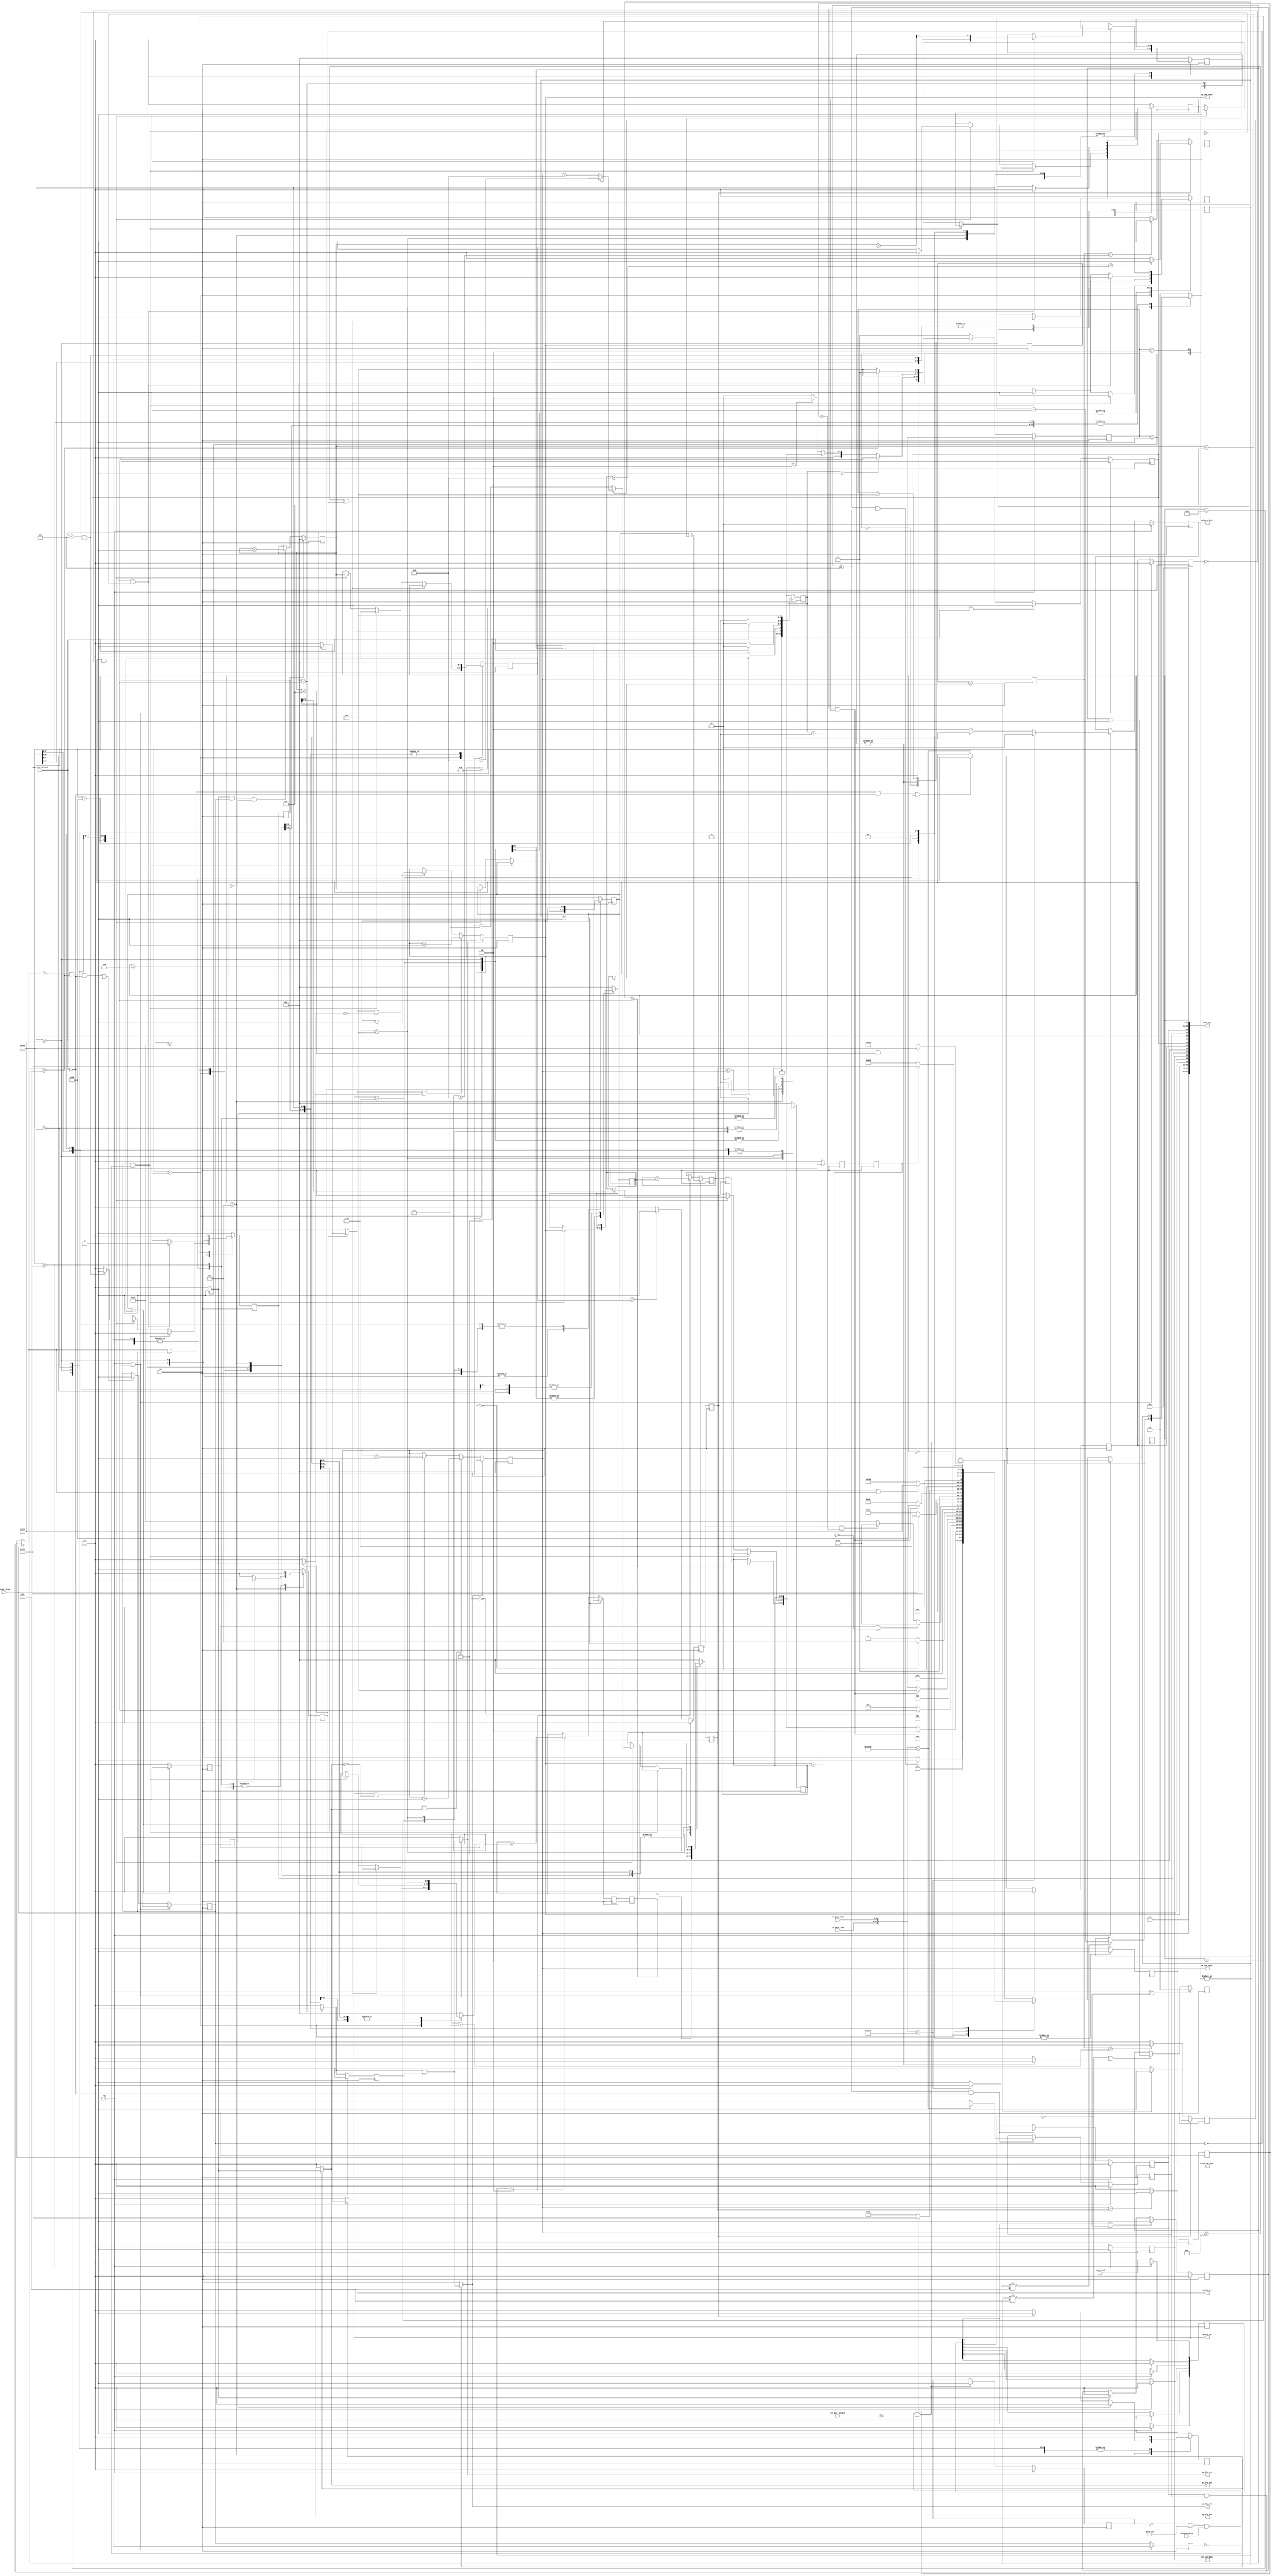
module  rld_dly_cal_sm  (
      clk,              // clock270
      rst,              // rst or Issue calibration signal
      start_cal,        // flag to indicate I can start calibration
      second_stage,     // look for 2nd stage data calibration
      qvld_cal,         // align the QVLD when active high
      wait_for_refresh, // wait while refresh occurs
      rd_data_rise,     // read data rise from ISERDES
      rd_data_fall,     // read data fall from ISERDES
      rd_data_valid,    // QVLD from ISERDES
      rd_data_valid_r,  // QVLD registered 1 clock cycle

      dq_dly_rst,       // Data (DQ) IDELAY controls
      dq_dly_ce,     
      dq_dly_inc,
   
      qk_dly_rst,       // Strobe (QK) IDELAY controls
      qk_dly_ce,
      qk_dly_inc,
   
      first_cal_done,   // first stage of calibration is done
      dly_cal_done,     // calibration is done
      delay_select,     //this indicates data early, aligned, or late with respect to QVLD

      QK_tap_count,     // tap count output of Strobe
      DQ_tap_count,     // tap count output of Data
      test_cal          // Debug port
);

// public parameters -- adjustable
parameter DEV_DQ_WIDTH    = 18;           // data width of the memory device
parameter RL_CK_PERIOD    = 16'd3003;     // CK clock period of the RLDRAM in ps
parameter QK_DATA_WIDTH   = (DEV_DQ_WIDTH == 9)  ?  DEV_DQ_WIDTH : DEV_DQ_WIDTH/2;
// end of public parameters

   input                      clk;              // clock270
   input                      rst;              // rst or Issue calibration signal
   input                      start_cal;        // flag to indicate I can start calibration
   input                      second_stage;     // look for 2nd stage data calibration
   input                      qvld_cal;         // align the QVLD when active high
   input                      wait_for_refresh; // wait while refresh occurs
   input  [QK_DATA_WIDTH-1:0] rd_data_rise;     // read data rise from ISERDES
   input  [QK_DATA_WIDTH-1:0] rd_data_fall;     // read data fall from ISERDES
   input                      rd_data_valid;    // QVLD from ISERDES
   input                      rd_data_valid_r;  // QVLD registered 1 clock cycle

   output                     dq_dly_rst;       // Data (DQ) IDELAY controls
   output                     dq_dly_ce;     
   output                     dq_dly_inc;
   
   output                     qk_dly_rst;       // Strobe (QK) IDELAY controls
   output                     qk_dly_ce;
   output                     qk_dly_inc;
   
   output reg                 first_cal_done;   // first stage of calibration is done
   output reg                 dly_cal_done;     // calibration is done
   output reg [1:0]           delay_select;     //this indicates data early, aligned, or late with respect to QVLD

   output reg [5:0]           QK_tap_count;     // tap count output of Strobe
   output reg [5:0]           DQ_tap_count;     // tap count output of Data
   output    [127:0]          test_cal;         // Debug port

// PRIVATE Parameters -- Do not change
parameter DQ_TAP_END  = 6'd60;
parameter QK_TAP_END  = 6'd63;
parameter WINDOW_SIZE = 6'd12;
parameter WINDOW_SIZE2 = ( RL_CK_PERIOD < 16'd4000 ) ? 6'd15 : 6'd20;
parameter WINDOW_SIZE3 = 6'd20;

parameter ALIGNED = 2'b00;
parameter EARLY   = 2'b01;
parameter LATE    = 2'b10;

// patterns used for write data -- PRIVATE
parameter data1 = 9'hFFF;   // 9'h1FF  is  1_1111_1111
parameter data2 = 9'h000;   // 9'h000  is  0_0000_0000
parameter data3 = 9'h0AA;   // 9'h0AA  is  0_1010_1010
parameter data4 = 9'h155;   // 9'h155  is  1_0101_0101

// First write data  : { data1, data2 } = { 1_1111_1111, 0_0000_0000 } = "3FE00" 
// Second write data : { data3, data4 } = { 0_1010_1010, 1_0101_0101 } = "15555"  

//  XCORE Synthesis attribute 
//  synthesis attribute X_CORE_INFO of rld_dly_cal_sm is "rld_dly_cal_sm, V5_rldram2_phy_verilog";

reg dly_rst;
reg dly_inc;
reg dly_ce;

reg       cal_begin;
reg [5:0] start_cal_r;

reg       qk_flag;
reg       dq_flag;

reg [1:0] tap_cmd;

reg       tap_wait_en;
reg [2:0] tap_wait_cnt;

reg dq_error;
reg dq_error2;

reg first_edge_found;
reg second_edge_found;
reg rst_flags;
reg rst_flags_r;
reg [2:0] set_center;

reg dly_rst_r;
reg end_of_taps;
reg DQ_bigger;
reg DQ_bigger_r;
reg QK_bigger;
reg QK_bigger_r;
reg valid_found;

reg DQ_centered;
reg QK_centered;
reg DQ_centered_r;
reg QK_centered_r;

reg first_edge_detect, first_edge_detect_r;
reg second_edge_detect, second_edge_detect_r;

reg [5:0]   QK_tap_left;
reg [5:0]   QK_tap_window;
reg [5:0]   QK_tap_center;

reg [5:0]   DQ_tap_left;
reg [5:0]   DQ_tap_window;
reg [5:0]   DQ_tap_center;

reg [5:0]   tap_center;
reg [5:0]   tap_range;

reg inc_up;
reg inc_up2;

//Working Registers
reg [5:0]   QK_tap_center_WORK;
reg [5:0]   DQ_tap_center_WORK;
reg [5:0]   QK_tap_center_WORK_r;
reg [5:0]   DQ_tap_center_WORK_r;

reg [5:0] QK_tap_count_r;
reg [5:0] DQ_tap_count_r;

wire [5:0]  tap_range_center; //not registered, just shifted
wire        dly_rst_w;
wire [2*QK_DATA_WIDTH-1:0] rd_data;
wire [2*QK_DATA_WIDTH-1:0] first_check_data;
wire [2*QK_DATA_WIDTH-1:0] second_check_data;
wire        dq_error3;

// State machine parameters -- PRIVATE
parameter [3:0]
  IDLE     = 4'b0000,   // 000
  TAP_INC  = 4'b0001,   // 001
  TAP_DEC  = 4'b0010,   // 002
  TAP_RST  = 4'b0100,   // 004
  TAP_WAIT = 4'b1000;   // 008

parameter [11:0]
  Reset   = 12'b0000_0000_0000, //000
  QK_INC  = 12'b0000_0000_0001, //001
  QK_RST  = 12'b0000_0000_0010, //002
  DQ_INC  = 12'b0000_0000_0100, //004
  DQ_RST  = 12'b0000_0000_1000, //008
  Center  = 12'b0000_0001_0000, //010
  F_Done  = 12'b0000_0010_0000, //020
  Both_INC= 12'b0000_0100_0000, //040
  Both_DEC= 12'b0000_1000_0000, //080
  DQ_DEC  = 12'b0001_0000_0000, //100
  DQ_INC2 = 12'b0010_0000_0000, //200
  DQ_CENT = 12'b0100_0000_0000, //400
  S_Done  = 12'b1000_0000_0000; //800
// End of PRIVATE state machine variables

// Command Parameters -- PRIVATE
parameter [1:0]
  TAP_CMD_NOP  = 2'b00,
  TAP_CMD_RST  = 2'b01,
  TAP_CMD_DEC  = 2'b10,
  TAP_CMD_INC  = 2'b11;

//IDELAY state variables
reg  [3:0]    id_cs;
reg  [3:0]    id_ns;

//First SM state variables
reg  [11:0]    f_cs;
reg  [11:0]    f_ns;

//assign outputs for IDELAY based on flags
assign qk_dly_rst = ( qk_flag ) ? dly_rst_w : 1'b0;
assign qk_dly_ce  = ( qk_flag ) ? dly_ce    : 1'b0;
assign qk_dly_inc = ( qk_flag ) ? dly_inc   : 1'b0;

assign dq_dly_rst = ( dq_flag ) ? dly_rst_w : 1'b0;
assign dq_dly_ce  = ( dq_flag ) ? dly_ce    : 1'b0;
assign dq_dly_inc = ( dq_flag ) ? dly_inc   : 1'b0;

   // -----------------------------------------------------------------------------
   // Concatenate read data { QK_DATA_WIDTH-bit RISE : QK_DATA_WIDTH-bit FALL } before comparing with patterns
   // -----------------------------------------------------------------------------
   assign rd_data = {rd_data_rise, rd_data_fall};  // read data
   
   //Concatonate the Data for checking
   assign first_check_data  = { {QK_DATA_WIDTH/9{data1}}, {QK_DATA_WIDTH/9{data2}} };
   assign second_check_data = { {QK_DATA_WIDTH/9{data3}}, {QK_DATA_WIDTH/9{data4}} };
                           
   // -----------------------------------------------------------------------------
   // Test Signals used for debugging
   // -----------------------------------------------------------------------------
   //assign test_cal[127:0] = { 128'b0 };
   assign test_cal[127:0] = { 128'b0,
                              //valid_found,                                              // 73
                              //QK_tap_center, DQ_tap_center,                                 // [72:67], [66:61]
                              12'b0,
                              //QK_tap_left, DQ_tap_left,                                     // [60:55], [54:49]
                              12'b0,
                              QK_tap_count, DQ_tap_count,                                   // [48:43], [42:37]
                              first_cal_done, second_stage, dly_cal_done,                   // 36, 35, 34
                              rst_flags, first_edge_detect, second_edge_detect, end_of_taps,// 33, 32, 31, 30
                              wait_for_refresh, dq_error3, dq_error2, dq_error,              // 29, 28, 27, 26
                              //delay_select, dq_error3, dq_error2, dq_error,              // 29, 28, 27, 26
                              //tap_cmd, f_ns, f_cs                                           // [25:24], [23:12], [11:0]
                              2'b0, 12'b0, f_cs                                           // [25:24], [23:12], [11:0]
                            };


   // -----------------------------------------------------------------------------
   // Hold the IDELAY reset signal one extra clock cycle
   // -----------------------------------------------------------------------------
   always @( posedge clk )
   begin
      if ( rst )
         dly_rst_r <= 1'b0;
      else
         dly_rst_r <= dly_rst;
   end 
   
   assign dly_rst_w = dly_rst | dly_rst_r;

   // -----------------------------------------------------------------------------
   // Delay the start signal
   // -----------------------------------------------------------------------------
   always @( posedge clk )
   begin
      if ( rst )
      begin
         start_cal_r[0]  <= 1'b0;
         start_cal_r[1]  <= 1'b0;
         start_cal_r[2]  <= 1'b0;
         start_cal_r[3]  <= 1'b0;
         start_cal_r[4]  <= 1'b0;
         start_cal_r[5]  <= 1'b0;
      end
      else
      begin
         start_cal_r[0]  <= start_cal;
         start_cal_r[1]  <= start_cal_r[0];
         start_cal_r[2]  <= start_cal_r[1];
         start_cal_r[3]  <= start_cal_r[2];
         start_cal_r[4]  <= start_cal_r[3];
         start_cal_r[5]  <= start_cal_r[4];
      end
   end


   always @( posedge clk )
   begin
      if ( rst )
        cal_begin <= 1'b0;
      else if ( start_cal_r[4] && !start_cal_r[5] )
        cal_begin <= 1'b1;
      else if ( dly_inc )
        cal_begin <= 1'b0;
      else 
        cal_begin <= cal_begin;
   end 

  // -----------------------------------------------------------------------------
  // Determine how the data lines up with the QVLD
  // -----------------------------------------------------------------------------
  always @ (posedge clk)
  begin
    if ( rst ) begin
      delay_select  <= ALIGNED;
      valid_found   <= 1'b0;
    end else if ( !valid_found && qvld_cal && rd_data_valid && !rd_data_valid_r) begin
      valid_found <= 1'b1;
      if ( rd_data == first_check_data )
        delay_select <= ALIGNED;
      else if ( rd_data == second_check_data )
        delay_select <= EARLY;
      else
        delay_select <= LATE;
    end else begin
      delay_select <= delay_select;
      valid_found <= valid_found;
    end
  end 

   // -----------------------------------------------------------------------------
   // Update the Error signal when data is valid
   // Check the 1st SDR data for error
   // -----------------------------------------------------------------------------
   always @ ( posedge clk )
   begin
      if ( rst )
         dq_error <= 1'b0;
      else if ( tap_wait_cnt >=3'b110 && !wait_for_refresh) //only check data when IDLE to ensure settled
        if ( rd_data == first_check_data )
          dq_error <= 1'b0;
        else
          dq_error <= 1'b1;
      else
        dq_error <= dq_error;
   end 

   // -----------------------------------------------------------------------------
   // Check the 2nd SDR data for error
   // -----------------------------------------------------------------------------
   always @ ( posedge clk )
   begin
     if ( rst )
        dq_error2 <= 1'b0;
     else if ( tap_wait_cnt >=3'b110 && !wait_for_refresh ) begin
        if ( rd_data == second_check_data )
          dq_error2 <= 1'b0;
        else
          dq_error2 <= 1'b1;
      end else
          dq_error2 <= dq_error2;  // hold the previous value
   end 
   
   assign dq_error3 = (second_stage) ? dq_error && dq_error2 : dq_error;  //TESTING

   // -----------------------------------------------------------------------------
   // State machine (registers)
   // -----------------------------------------------------------------------------
   always @( posedge clk )
   begin
      if ( rst )
         id_cs <= TAP_RST;  // reset tap count, works for system reset and re-calibration
      else
         id_cs <= id_ns;
   end

   // -----------------------------------------------------------------------------
   // State machine (combinatorial logic)
   // -----------------------------------------------------------------------------
   always @ *
   begin
      dly_rst     <= 1'b0;
      dly_ce      <= 1'b0;
      dly_inc     <= 1'b0;
      tap_wait_en <= 1'b0;
   
      case ( id_cs )
      // ----------------------------------------------------------------
         IDLE : //000
      // ----------------------------------------------------------------
         begin
            dly_rst     <= 1'b0;
            dly_ce      <= 1'b0;
            dly_inc     <= 1'b0;
            tap_wait_en <= 1'b0;
             
            if ( tap_cmd == TAP_CMD_RST )
              id_ns  <= TAP_RST;
            else if ( tap_cmd == TAP_CMD_INC )
              id_ns <= TAP_INC;
            else if ( tap_cmd == TAP_CMD_DEC )
              id_ns <= TAP_DEC;
            else
              id_ns  <= IDLE;
            
         end
      // ----------------------------------------------------------------
         TAP_INC :  //001
      // ----------------------------------------------------------------
         begin
            dly_rst     <= 1'b0;
            dly_ce      <= 1'b1;
            dly_inc     <= 1'b1;
            tap_wait_en <= 1'b1;
   
            id_ns  <= TAP_WAIT;
         end    
      // ----------------------------------------------------------------
         TAP_DEC :  //002
      // ----------------------------------------------------------------
         begin
            dly_rst     <= 1'b0;
            dly_ce      <= 1'b1;
            dly_inc     <= 1'b0;
            tap_wait_en <= 1'b1;
   
            id_ns  <= TAP_WAIT;
         end
      // ----------------------------------------------------------------
         TAP_RST :  //004
      // ----------------------------------------------------------------
         begin
            dly_rst     <= 1'b1;
            dly_ce      <= 1'b0;
            dly_inc     <= 1'b0;
            tap_wait_en <= 1'b1;
   
            id_ns  <= TAP_WAIT;
         end
      // ----------------------------------------------------------------
         TAP_WAIT : //008
      // ----------------------------------------------------------------
         begin
            dly_rst     <= 1'b0;
            dly_ce      <= 1'b0;
            dly_inc     <= 1'b0;
            tap_wait_en <= 1'b0;
   
            if ( tap_wait_cnt == 3'b111 )
               id_ns <= IDLE;
            else
               id_ns <= TAP_WAIT;
         end
      // ----------------------------------------------------------------
         default :
      // ----------------------------------------------------------------
            id_ns <= IDLE;
      endcase
   end

   // -----------------------------------------------------------------------------
   // Wait counter used to allow IDELAY settling time 
   // -----------------------------------------------------------------------------
   always @( posedge clk )
   begin
      if ( rst || !start_cal_r[5] )
        tap_wait_cnt <= 3'b000;
      else if ( (tap_wait_cnt != 3'b111) || (tap_wait_en) )
        tap_wait_cnt <= tap_wait_cnt + 1;
      else
        tap_wait_cnt <= tap_wait_cnt;
   end

   // -----------------------------------------------------------------------------
   // State machine (registers)
   // -----------------------------------------------------------------------------
   always @( posedge clk )
   begin
      if ( rst )
         f_cs <= Reset; //want to start out in RST
      else
         f_cs <= f_ns;
   end

   always @ *
   begin
      case ( f_cs )
      // ----------------------------------------------------------------
         Reset :  //000
      // ----------------------------------------------------------------
         begin
            if ( cal_begin && tap_wait_cnt >= 3'b110)
              f_ns <= QK_INC;
            else
              f_ns  <= Reset;
         end
      // ----------------------------------------------------------------
         QK_INC : //001
      // ----------------------------------------------------------------
      // Increment QK to determine taps till edge of data valid window & save results
         begin
            if ( first_edge_found && second_edge_found )
              f_ns  <= QK_RST;
            else
              f_ns  <= QK_INC;
         end  
       // ----------------------------------------------------------------
         QK_RST : //002
      // ----------------------------------------------------------------
      // Decrement QK back down to 0
         begin
            //Decrement Down to Zero instead of relying on RST
            if ( QK_tap_count == 6'b0 )
              f_ns  <= DQ_INC;
            else
              f_ns  <= QK_RST;
         end        
      // ----------------------------------------------------------------
         DQ_INC : //004
      // ----------------------------------------------------------------
      // Increment DQ to determine taps till edge of data valid window & save results
         begin
            if ( first_edge_found && second_edge_found )
              f_ns  <= DQ_RST;
            else
              f_ns  <= DQ_INC;
         end
       // ----------------------------------------------------------------
         DQ_RST : //008
      // ----------------------------------------------------------------
      // Decrement DQ back down to 0
         begin
            //Decrement Down to Zero instead of relying on RST
            if ( DQ_tap_count == 6'b0 )
              f_ns  <= Center;
            else
              f_ns  <= DQ_RST;
         end    
      // ----------------------------------------------------------------
         Center : //010
      // ----------------------------------------------------------------
      // Center QK in the DQ data valid window
         begin
            
           if ( DQ_bigger && !DQ_centered_r )    //increment DQ
                f_ns  <= Center;
           else if ( QK_bigger && !QK_centered_r )    //increment DQ
                f_ns  <= Center;
           else  
              f_ns  <= F_Done;         //windows are the same, centered already
   
         end
      // ----------------------------------------------------------------
         F_Done : //020
      // ----------------------------------------------------------------
      // 1st stage calibration complete, wait for 2nd stage to begin
         begin
            if ( second_stage )
              f_ns <= Both_INC;
            else
              f_ns <= F_Done;
         end
      // ----------------------------------------------------------------
         Both_INC : //040
      // ----------------------------------------------------------------
      // Increment both QK/DQ to determine relation to FPGA clock (transfer clock domains)
         begin
          if ( first_edge_found && second_edge_found )
            f_ns <= Both_DEC;
          else
            f_ns <= Both_INC;
         end   
      // ----------------------------------------------------------------
         Both_DEC : //080
      // ----------------------------------------------------------------
      // Center QK/DQ together to transfer clock domains to FPGA clock
         begin
          if ( QK_centered_r )
            f_ns <= S_Done;
          else
            f_ns <= Both_DEC;
         end
      // ----------------------------------------------------------------
         DQ_DEC : //100
      // ----------------------------------------------------------------
      // Decrement DQ till 0 or error to move DQ around QK one last time
      // Later this can be changed to Per-Bit Calibration if needed
         begin
          if ( DQ_tap_count == 6'b0 || dq_error3 )
            f_ns <= DQ_INC2;
          else
            f_ns <= DQ_DEC;
         end
      // ----------------------------------------------------------------
         DQ_INC2 : //200
      // ----------------------------------------------------------------
      // Increment DQ until window found
         begin
           if ( first_edge_found && second_edge_found && tap_range >= WINDOW_SIZE)
              f_ns <= DQ_CENT;
           else
              f_ns <= DQ_INC2;
         end         
      // ----------------------------------------------------------------
         DQ_CENT : //400
      // ----------------------------------------------------------------
      // Center DQ in the data valid window
         begin
          if ( DQ_centered_r )
            f_ns <= S_Done;
          else
            f_ns <= DQ_CENT;
         end            
      // ----------------------------------------------------------------
         S_Done : //800
      // ----------------------------------------------------------------
      // Calibration Done, wait here till reset.
         begin
          if ( rst )
            f_ns <= Reset;
          else
            f_ns <= S_Done; 
         end
      // ----------------------------------------------------------------
         default :
      // ----------------------------------------------------------------
              f_ns <= Reset;
      endcase
   end
   
   //output generation
   always @ (posedge clk)
   begin
      case ( f_cs )
      // ----------------------------------------------------------------
         Reset :  //000
      // ----------------------------------------------------------------
         begin
            first_cal_done <= 1'b0; dly_cal_done <= 1'b0;
            rst_flags <= 1'b1;                  //reset the edge detection flags
            qk_flag <= 1'b1;  dq_flag <= 1'b1;  //determine who gets a signal (one or both)
            
            tap_cmd <= TAP_CMD_RST;

            QK_tap_left   <= 6'b0;   DQ_tap_left   <= 6'b0;
            QK_tap_window  <= 6'b0;  DQ_tap_window  <= 6'b0;
            QK_tap_center  <= 6'b0;  DQ_tap_center  <= 6'b0;
            
            first_edge_found <= 1'b0;
            second_edge_found <= 1'b0;
            
            tap_center <= 6'b0;
            
            set_center <= 3'b0;
         end
      // ----------------------------------------------------------------
         QK_INC : //001
      // ----------------------------------------------------------------
         begin
            first_cal_done <= 1'b0; dly_cal_done <= 1'b0;
            rst_flags <= 1'b0;
            qk_flag <= 1'b1;  dq_flag <= 1'b0;
            
            if (QK_tap_count >= 6'd10 && !first_edge_detect ) begin
              first_edge_found <= 1'b1;
              second_edge_found <= 1'b1;
            end else if (first_edge_detect && !first_edge_detect_r) begin
              QK_tap_left <= QK_tap_count;
              first_edge_found <= 1'b1;
            end else if ( second_edge_detect && !second_edge_detect_r) begin
              QK_tap_window <= tap_range;
              second_edge_found <= 1'b1;
            end 
            
            if (wait_for_refresh) 
            begin
              tap_cmd <= TAP_CMD_NOP;
            end else begin
              tap_cmd <= TAP_CMD_INC;
            end
         end    
      // ----------------------------------------------------------------
         QK_RST : //002
      // ----------------------------------------------------------------
         begin
            first_cal_done <= 1'b0; dly_cal_done <= 1'b0;
            rst_flags <= 1'b1;            
            qk_flag <= 1'b1;  dq_flag <= 1'b0;

            first_edge_found  <= 1'b0;
            second_edge_found <= 1'b0;
            
            tap_cmd <= TAP_CMD_DEC;
         end      
      // ----------------------------------------------------------------
         DQ_INC : //004
      // ----------------------------------------------------------------
         begin
            first_cal_done <= 1'b0; dly_cal_done <= 1'b0;
            rst_flags <= 1'b0;
            qk_flag <= 1'b0;  dq_flag <= 1'b1;
            
            if (first_edge_detect && !first_edge_detect_r) begin
              DQ_tap_left <= DQ_tap_count;
              first_edge_found <= 1'b1;
            end else if ( second_edge_detect && !second_edge_detect_r) begin
              DQ_tap_window <= tap_range;
              tap_center <= (tap_range + QK_tap_window) >> 1;
              
              if ( tap_range < (WINDOW_SIZE>>1) && !end_of_taps) begin //check for at least small window
                second_edge_found <= 1'b0;
                rst_flags <= 1'b1;
              end else begin
                second_edge_found <= 1'b1;
                rst_flags <= 1'b0;
              end
            end 

            if (wait_for_refresh) 
            begin
              tap_cmd <= TAP_CMD_NOP;
            end else begin
              tap_cmd <= TAP_CMD_INC;
            end
         end
      // ----------------------------------------------------------------
         DQ_RST : //008
      // ----------------------------------------------------------------
         begin
            first_cal_done <= 1'b0; dly_cal_done <= 1'b0;
            rst_flags <= 1'b1;            
            qk_flag <= 1'b0;  dq_flag <= 1'b1;

            first_edge_found  <= 1'b0;
            second_edge_found <= 1'b0;
            
            if (set_center!=3'b111)
              set_center <= set_center + 1;
              
            if ( set_center == 3'b100 ) begin
                //DQ_tap_center <= DQ_tap_center_WORK;
                //QK_tap_center <= QK_tap_center_WORK;
                DQ_tap_center <= DQ_tap_center_WORK_r;
                QK_tap_center <= QK_tap_center_WORK_r;
            end

            tap_cmd <= TAP_CMD_DEC;
         end   
      // ----------------------------------------------------------------
         Center : //010
      // ----------------------------------------------------------------
         begin
            first_cal_done <= 1'b0; dly_cal_done <= 1'b0;
            rst_flags <= 1'b1; 
            
            if ( DQ_bigger_r ) begin //increment DQ
              qk_flag <= 1'b0;  dq_flag <= 1'b1;
              tap_cmd <= TAP_CMD_INC;
            end else if ( QK_bigger_r ) begin //increment QK
              qk_flag <= 1'b1;  dq_flag <= 1'b0;
              tap_cmd <= TAP_CMD_INC;
            end else begin  //windows are the same, centered already
              qk_flag <= 1'b0;  dq_flag <= 1'b0;
              tap_cmd <= TAP_CMD_NOP;
            end
         end
      // ----------------------------------------------------------------
         F_Done : //020
      // ----------------------------------------------------------------
      //First stage of calibration is done, QK placed in center of DQ
         begin
            first_cal_done <= 1'b1; dly_cal_done <= 1'b0;
            rst_flags <= 1'b1; 
            qk_flag <= 1'b0;  dq_flag <= 1'b0;
            
            //need to set this as a default value
            //need to ensure the algorithm doesn't think it is centered right away
            QK_tap_center <= 6'd63;  
            
            tap_cmd <= TAP_CMD_NOP;
         end
      // ----------------------------------------------------------------
         Both_INC : //040
      // ----------------------------------------------------------------
         begin
            first_cal_done <= 1'b1; dly_cal_done <= 1'b0;
            rst_flags <= 1'b0; 
            qk_flag <= 1'b1;  dq_flag <= 1'b1;
            
            if (first_edge_detect && !first_edge_detect_r) begin
              QK_tap_left <= QK_tap_count;
              DQ_tap_left <= DQ_tap_count;
              first_edge_found <= 1'b1;
            end else if ( second_edge_detect && !second_edge_detect_r) begin
               second_edge_found <= 1'b1;
               if ( ~inc_up2 )
                  QK_tap_center <= QK_tap_count - WINDOW_SIZE3;  //decrement farther away from edge
               else if ( inc_up )
                  QK_tap_center <= QK_tap_count + WINDOW_SIZE2;  //increment away from edge
               else
                  QK_tap_center <= QK_tap_count - WINDOW_SIZE2;  //decrement away from edge
            end
            
            if (wait_for_refresh)  begin
              tap_cmd <= TAP_CMD_NOP;
            end else begin
              tap_cmd <= TAP_CMD_INC;
            end
         end
      // ----------------------------------------------------------------
         Both_DEC : //080
      // ----------------------------------------------------------------
         begin
          first_cal_done <= 1'b1; dly_cal_done <= 1'b0;
          rst_flags <= 1'b0;          
          qk_flag <= 1'b1;  dq_flag <= 1'b1;
          
          if (QK_tap_center < QK_tap_count ) //want to inc or decrement away from edge
            tap_cmd <= TAP_CMD_DEC;      
          else
            tap_cmd <= TAP_CMD_INC;
         end
      // ----------------------------------------------------------------
         DQ_DEC : //100
      // ----------------------------------------------------------------
         begin
          first_cal_done <= 1'b1; dly_cal_done <= 1'b0;
          rst_flags <= 1'b1; 
          qk_flag <= 1'b0;  dq_flag <= 1'b1;
          
          first_edge_found <= 1'b0;
          second_edge_found <= 1'b0;
          
          if ( wait_for_refresh )
            tap_cmd <= TAP_CMD_NOP;
          else
            tap_cmd <= TAP_CMD_DEC;                     
         end
      // ----------------------------------------------------------------
         DQ_INC2 : //200
      // ----------------------------------------------------------------
         begin
            first_cal_done <= 1'b1; dly_cal_done <= 1'b0;
            rst_flags <= 1'b0;
            qk_flag <= 1'b0;  dq_flag <= 1'b1;
            
            if (first_edge_detect && !first_edge_detect_r) begin
              DQ_tap_left <= DQ_tap_count;
              first_edge_found <= 1'b1;
            end else if ( second_edge_detect && !second_edge_detect_r) begin
              DQ_tap_window <= tap_range;
              DQ_tap_center <= DQ_tap_left + tap_range_center;
              second_edge_found <= 1'b1;
            end if ( second_edge_detect && tap_range < WINDOW_SIZE) begin
              rst_flags <= 1'b1;
              first_edge_found <= 1'b0;
              second_edge_found <= 1'b0;
            end 
            
            if (wait_for_refresh) 
            begin
              tap_cmd <= TAP_CMD_NOP;
            end else begin
              tap_cmd <= TAP_CMD_INC;
            end
         end         
      // ----------------------------------------------------------------
         DQ_CENT : //400
      // ----------------------------------------------------------------
         begin
          first_cal_done <= 1'b1; dly_cal_done <= 1'b0;
          rst_flags <= 1'b0; 
          qk_flag <= 1'b0;  dq_flag <= 1'b1;
          
          tap_cmd <= TAP_CMD_DEC;                  
         end            
      // ----------------------------------------------------------------
         S_Done : //800
      // ----------------------------------------------------------------
         begin

          first_cal_done <= 1'b1; dly_cal_done <= 1'b1;
          rst_flags <= 1'b0; 
          qk_flag <= 1'b0;  dq_flag <= 1'b0;
          
          tap_cmd <= TAP_CMD_NOP;
         end        
      // ----------------------------------------------------------------
         default :
      // ----------------------------------------------------------------
         begin
            first_cal_done <= 1'b0; dly_cal_done <= 1'b0;
            rst_flags <= 1'b1;                  //reset the edge detection flags
            qk_flag <= 1'b1;  dq_flag <= 1'b1;  //determine who gets a signal (one or both)
            
            tap_cmd <= TAP_CMD_RST;

            QK_tap_left   <= 6'b0;   DQ_tap_left   <= 6'b0;
            QK_tap_window  <= 6'b0;  DQ_tap_window  <= 6'b0;
            QK_tap_center  <= 6'b0;  DQ_tap_center  <= 6'b0;
            
            first_edge_found <= 1'b0;
            second_edge_found <= 1'b0;
            
            tap_center <= 6'b0;
            
            set_center <= 3'b0;
         end
      endcase
   end
   
   // -----------------------------------------------------------------------------
   // First edge of the data valid window found
   // -----------------------------------------------------------------------------
   always @( posedge clk )
   begin
      if ( rst || rst_flags_r )
         first_edge_detect <= 1'b0;
      else if ( (!dq_error3 && tap_wait_cnt ==3'b111 && !wait_for_refresh) || end_of_taps)
         first_edge_detect <= 1'b1;
      else
         first_edge_detect <= first_edge_detect;
   end 

   // -----------------------------------------------------------------------------
   // Second Edge of the data valid window found
   // -----------------------------------------------------------------------------
   always @( posedge clk )
   begin
      if ( rst || rst_flags_r )
         second_edge_detect <= 1'b0;
      else if ( (dq_error3 && first_edge_detect && !wait_for_refresh) || end_of_taps )
         second_edge_detect <= 1'b1;
      else
         second_edge_detect <= second_edge_detect;
   end 

   always @( posedge clk )
   begin
      if ( rst || rst_flags_r )
      begin
         first_edge_detect_r  <= 1'b0;
         second_edge_detect_r <= 1'b0;
      end
      else
      begin
         first_edge_detect_r  <= first_edge_detect;
         second_edge_detect_r <= second_edge_detect;
       end
   end 

   // -----------------------------------------------------------------------------
   // Separate tap counts for Strobe since is incremented seperatly from data
   // -----------------------------------------------------------------------------
   always @( posedge clk )
   begin
      if ( qk_dly_rst )
        QK_tap_count <= 6'b000000;
      else if ( qk_dly_ce && qk_dly_inc )
        QK_tap_count <= QK_tap_count + 1;
      else if ( qk_dly_ce && !qk_dly_inc )
        QK_tap_count <= QK_tap_count - 1;
      else
        QK_tap_count <= QK_tap_count;
   end

   always @( posedge clk )
   begin
      if ( dq_dly_rst )
        DQ_tap_count <= 6'b000000;
      else if ( dq_dly_ce && dq_dly_inc )
        DQ_tap_count <= DQ_tap_count + 1;
      else if ( dq_dly_ce && !dq_dly_inc )
        DQ_tap_count <= DQ_tap_count - 1;
      else
        DQ_tap_count <= DQ_tap_count;
   end

   // -----------------------------------------------------------------------------
   // End of taps flag used to ensure we do not increment taps too much
   // way to avoid tap jitter on data lines (clocks do not have pattern jitter)
   // -----------------------------------------------------------------------------
   always @( posedge clk )
   begin
      if ( rst || rst_flags_r )
         end_of_taps <= 1'b0;
      else if ( DQ_tap_count >= DQ_TAP_END || QK_tap_count >= QK_TAP_END )
         end_of_taps <= 1'b1;
      else
         end_of_taps <= end_of_taps;
   end 

   always @( posedge clk )
   begin
      if ( rst_flags_r )
         tap_range <= 6'b0;
      else if ( dly_inc && first_edge_detect && !second_edge_detect )
         tap_range <= tap_range + 1;
   end

   assign tap_range_center = tap_range >> 1;  // divide the count by 2, get the center value
   
   // -----------------------------------------------------------------------------
   // Want to Register Comparisons for better timing
   // -----------------------------------------------------------------------------
  always @ (posedge clk)
  begin
    if ( DQ_tap_window > QK_tap_window ) begin
      DQ_bigger <= 1'b1;
      QK_bigger <= 1'b0;
    end else if ( DQ_tap_window < QK_tap_window ) begin
      DQ_bigger <= 1'b0;
      QK_bigger <= 1'b1;
    end else begin
      DQ_bigger <= 1'b0;
      QK_bigger <= 1'b0;
    end
  end
  
  always @ (posedge clk)
  begin
      DQ_bigger_r <= DQ_bigger;
      QK_bigger_r <= QK_bigger;
  end
  
  always @ (posedge clk)
  begin
    if ( DQ_tap_count == DQ_tap_center )
      DQ_centered <= 1'b1;
    else
      DQ_centered <= 1'b0;
  end
  
  always @ (posedge clk)
  begin
    if ( QK_tap_count == QK_tap_center )
      QK_centered <= 1'b1;
    else
      QK_centered <= 1'b0;
  end
  
  always @ (posedge clk)
  begin
      DQ_centered_r <= DQ_centered;
      QK_centered_r <= QK_centered;
      rst_flags_r <= rst_flags;
  end
  
  //working registers perform temp calcs
  always @ (posedge clk)
  begin
      DQ_tap_center_WORK_r <= DQ_tap_center_WORK;
      QK_tap_center_WORK_r <= QK_tap_center_WORK;
    if (set_center == 3'b001) begin
      DQ_tap_center_WORK <= DQ_tap_window - tap_center;
      QK_tap_center_WORK <= QK_tap_window - tap_center;
    end else if ( set_center == 3'b010 ) begin
      DQ_tap_center_WORK <= DQ_tap_center_WORK + DQ_tap_left;
      QK_tap_center_WORK <= QK_tap_center_WORK + QK_tap_left;
    end else begin
      DQ_tap_center_WORK <= DQ_tap_center_WORK;
      QK_tap_center_WORK <= QK_tap_center_WORK;
    end
  end

  always @ (posedge clk)
  begin
      QK_tap_count_r <= QK_tap_count;
      DQ_tap_count_r <= DQ_tap_count;
  end
  
  //determine if we increment up or down when we find an edge for the 2nd stage transfer
  always @ (posedge clk)
  begin
   if ( QK_bigger_r ) begin
      if ( DQ_tap_count_r < (DQ_tap_left + WINDOW_SIZE2) )
         inc_up <= 1'b1;
      else
         inc_up <= 1'b0;
   end else begin //DQ has more taps then QK
      if ( QK_tap_count_r < (QK_tap_left + WINDOW_SIZE2) )
         inc_up <= 1'b1;
      else
         inc_up <= 1'b0;
   end
  end 
  
  //Want to check if we can decrement away even more than the minimum for better margin for 2nd stage
  always @ (posedge clk)
  begin
   if ( QK_bigger_r ) begin
      if ( DQ_tap_count_r < (DQ_tap_left + WINDOW_SIZE3) )
         inc_up2 <= 1'b1;
      else
         inc_up2 <= 1'b0;
   end else begin //DQ has more taps then QK
      if ( QK_tap_count_r < (QK_tap_left + WINDOW_SIZE3) )
         inc_up2 <= 1'b1;
      else
         inc_up2 <= 1'b0;
   end
  end

endmodule